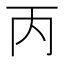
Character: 丙